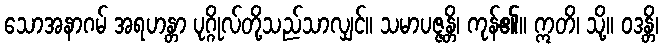
သောအနာဂမ် အရဟန္တာ ပုဂ္ဂိုလ်တို့သည်သာလျှင်။ သမာပဇ္ဇန္တိ၊ ကုန်၏။ ဣတိ၊ သို့။ ဝဒန္တိ၊